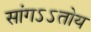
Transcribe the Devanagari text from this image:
सांगऽऽतोय